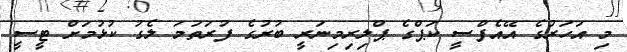
މި އަހަރުގެ އޭއެފްސީ ކަޕްގެ ޕްލިރިމިނަރީ ބުރުގެ ފުރަތަމަ ލެގު ކުޅުމަށް ޓީސީ